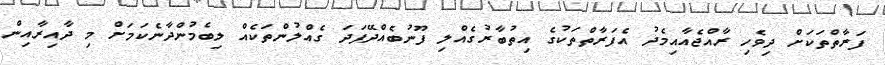
ފަރާތްތަކަށް ދިވެހި ރާއްޖެއާއިމެދު އެފަރާތްތަކުގެ އިތުބާރުގެއްލި ފޫނުބެއްދޭފަދަ ގެއްލުންތަކެއް ލިބެމުންދާނެކަމަށް މި ދާއިރާއިން